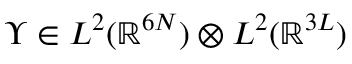
\Upsilon \in L ^ { 2 } ( \mathbb { R } ^ { 6 N } ) \otimes L ^ { 2 } ( \mathbb { R } ^ { 3 L } )